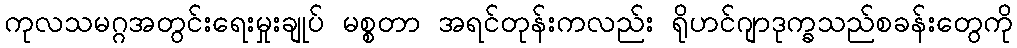
ကုလသမဂ္ဂအတွင်းရေးမှုးချုပ် မစ္စတာ အရင်တုန်းကလည်း ရိုဟင်ဂျာဒုက္ခသည်စခန်းတွေကို